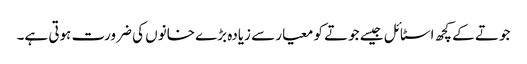
جوتے کے کچھ اسٹائل جیسے جوتے کو معیار سے زیادہ بڑے خانوں کی ضرورت ہوتی ہے۔